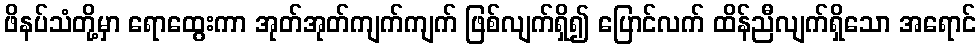
ဖိနပ်သံတို့မှာ ရောထွေးကာ အုတ်အုတ်ကျက်ကျက် ဖြစ်လျက်ရှိ၍ ပြောင်လက် ထိန်ညီလျက်ရှိသော အရောင်